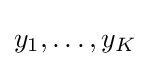
y_{1},\ldots ,y_{K}